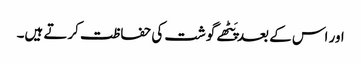
اور اس کے بعد پَٹھے گوشت کی حفاظت کرتے ہیں۔